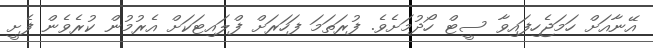
އޭނާއަށް ހަމަޖެހިފައިވާ ސީޓް ހޯދުމަށެވެ. ފުރަތަމަ ފަހަރަށް ފްލައިޓަކަށް އެރުމުން ކުރެވެން ފެށީ